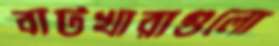
বাটখারাগুলো